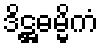
ဒိဋ္ဌဓမ္မိကံ